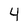
Character: 4